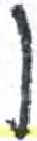
אות: ן